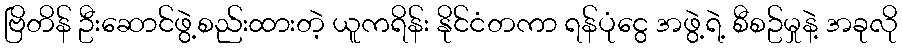
ဗြိတိန် ဦးဆောင်ဖွဲ့စည်းထားတဲ့ ယူကရိန်း နိုင်ငံတကာ ရန်ပုံငွေ အဖွဲ့ရဲ့ စီစဥ်မှုနဲ့ အခုလို